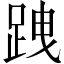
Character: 跩